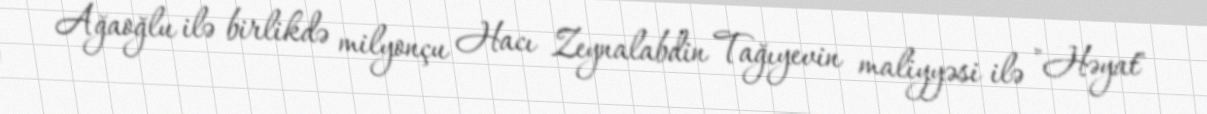
Ağaoğlu ilə birlikdə milyonçu Hacı Zeynalabdin Tağıyevin maliyyəsi ilə "Həyat"